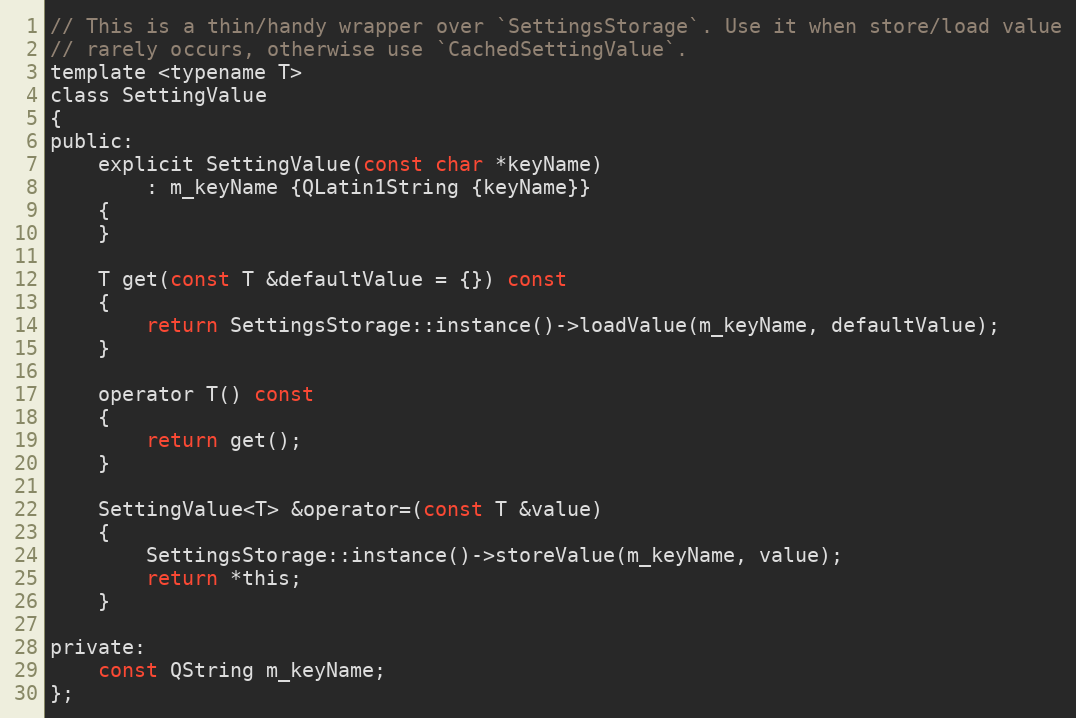
Language: C
// This is a thin/handy wrapper over `SettingsStorage`. Use it when store/load value
// rarely occurs, otherwise use `CachedSettingValue`.
template <typename T>
class SettingValue
{
public:
    explicit SettingValue(const char *keyName)
        : m_keyName {QLatin1String {keyName}}
    {
    }

    T get(const T &defaultValue = {}) const
    {
        return SettingsStorage::instance()->loadValue(m_keyName, defaultValue);
    }

    operator T() const
    {
        return get();
    }

    SettingValue<T> &operator=(const T &value)
    {
        SettingsStorage::instance()->storeValue(m_keyName, value);
        return *this;
    }

private:
    const QString m_keyName;
};